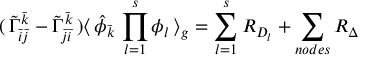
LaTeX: ( \, { \tilde { \Gamma } } _ { { \bar { i } } { \bar { j } } } ^ { \bar { k } } - { \tilde { \Gamma } } _ { { \bar { j } } { \bar { i } } } ^ { \bar { k } } \, ) \langle \, { \hat { \phi } } _ { \bar { k } } \, \prod _ { l = 1 } ^ { s } \phi _ { l } \, \rangle _ { g } = \sum _ { l = 1 } ^ { s } { \cal R } _ { D _ { l } } + \sum _ { n o d e s } { \cal R } _ { \Delta } \,